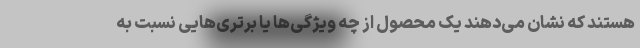
هستند که نشان می‌دهند یک محصول از چه ویژگی‌ها یا برتری‌هایی نسبت به